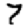
Digit: 7